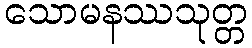
သောမနဿသုတ္တ